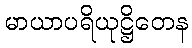
မာယာပရိယုဋ္ဌိတေန